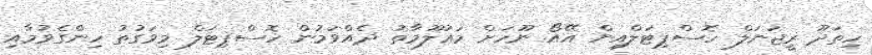
ހިތަދޫ ރީޖަނަލް ހޮސްޕިޓަލްއިން އޭއޯ ނޫހަށް މަޢުލޫމާތު ދެއްވަމުން ހޮސްޕިޓަލް މިވަގުތު ހިންގެވުމާއި